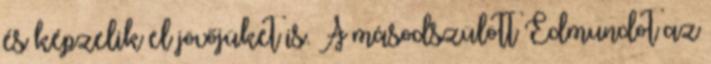
és képzelik el jövőjüket is. A másodszülött Edmundot az